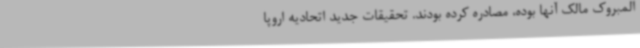
المبروک مالک آنها بوده، مصادره کرده بودند. تحقیقات جدید اتحادیه اروپا